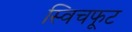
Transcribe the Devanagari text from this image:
स्विचफूट